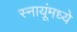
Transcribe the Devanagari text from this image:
स्नायूंमध्ये